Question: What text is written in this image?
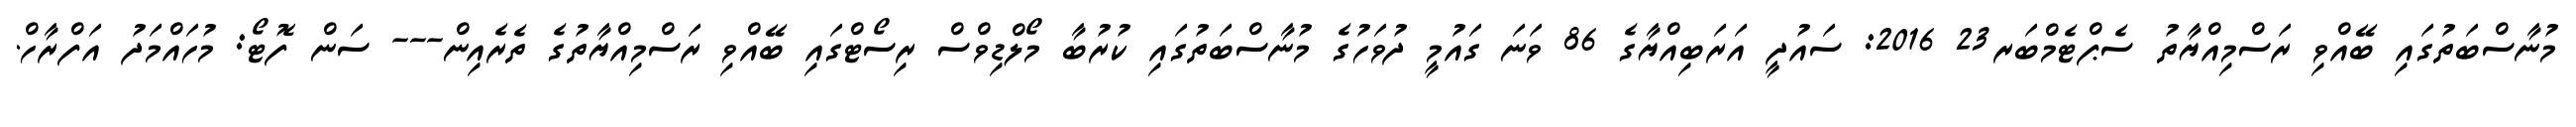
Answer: މުނާސްބަތުގައި ބޭއްވި ރަސްމިއްޔާތު ސެޕްޓެމްބަރ23 2016: ސައުދީ އަރަބިއްޔާގެ 86 ވަނަ ގައުމީ ދުވަހުގެ މުނާސްބަތުގައި ކުރުބާ މޯލްޑިވްސް ރިސޯޓްގައި ބޭއްވި ރަސްމިއްޔާތުގެ ތެރެއިން--- ސަން ފޮޓޯ: މުހައްމަދު އަފްރާހް.